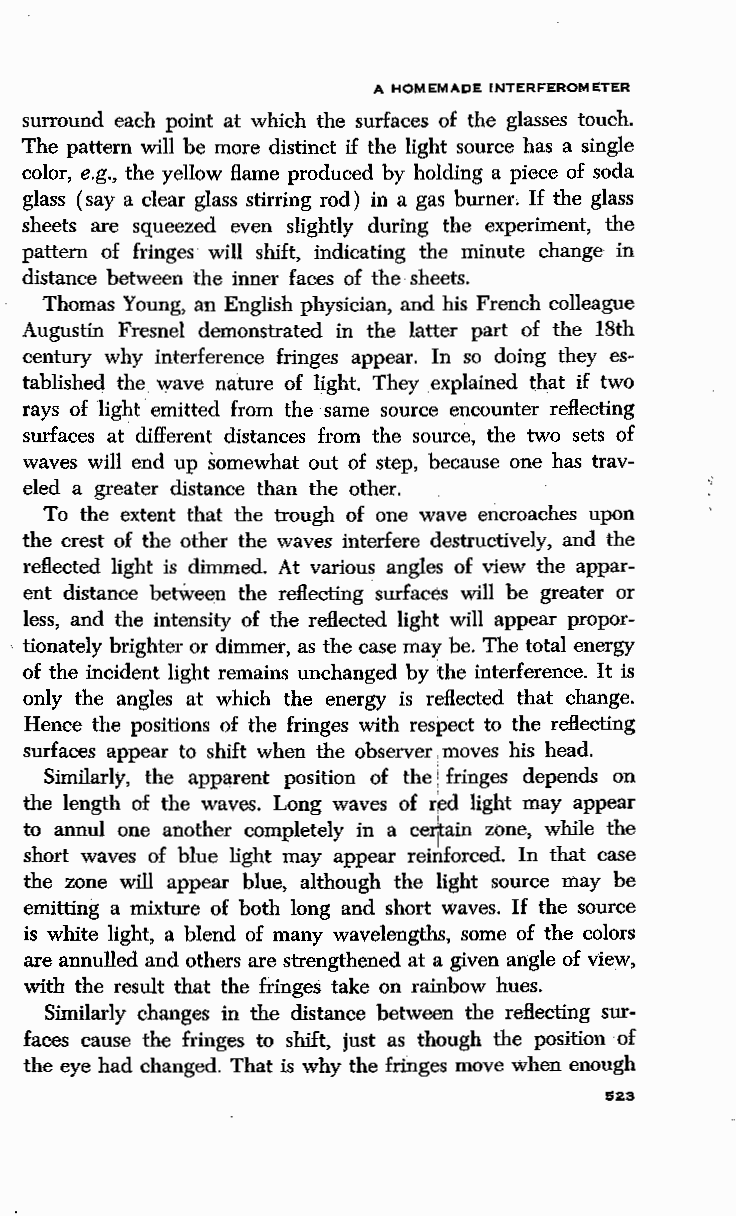
A HOMEMADE INTERFEROMETER
 surround each point at which the surfaces of the glasses touch.
 The pattern will be more distinct if the light source has a single
 color, e.g., the yellow flame produced by holding a piece of soda
 glass (say a clear glass stirring rod) in a gas burner. If the glass
 sheets are squeezed even slightly during the experiment, the
 pattern of fringes will shift, indicating the minute change in
 distance between the inner faces of the sheets.
 Thomas Young, an English physician, and his French colleague
 Augustin Fresnel demonstrated in the latter part of the 18th
 century why intederence fringes appear. In so doing they es
 tablished the. wave nature of light. They explained t:hat if two
 rays of light·. emitted from the ·same source encounter reflecting
 surfaces at ' different distances from the source, the two sets of
 waves will end up somewhat out of step, because one has trav
 eled a greater distance than the other.
 To the extent that the trough of one wave encroaches upon
 the crest of the other the waves intedere destructively, and the
 reflected light is dimmed. At various angles of view the appar
 ent distance betWeen the reflecting ·s udaces will be greater or
 less, and the intensity of the reflected light will appear propor-
 . tionately brighter or dimmer, as the case may be. The total energy
 of the incident light remains unchanged by the intederence. It is
 only the angles at which the energy is reflected that change.
 Hence the positions of the fringes with respect to the reflecting
 surfaces appear to shift when the observer moves. his head.
 Similarly, the apparent position of the fringes depends on
 1
 the length of the waves. Long waves of red light may appear
 to annul one another completely in a ce1ain zone, while the
 short waves of blue light may appear reinforced. In that case
 the zone will appear blue, although the light source may be
 emitting a mixture of both long and short waves. If the source
 is white light, a blend of many wavelengths, ·some of the colors
 are annulled and others are strengthened at a given angle of view,
 with the result that the fringes take on rainbow hues.
 Similarly changes in the distance between the reflecting sur
 faces cause the fringes to shift, just as though the position of
 the eye had changed. That is why the fringes move when enough
 1523